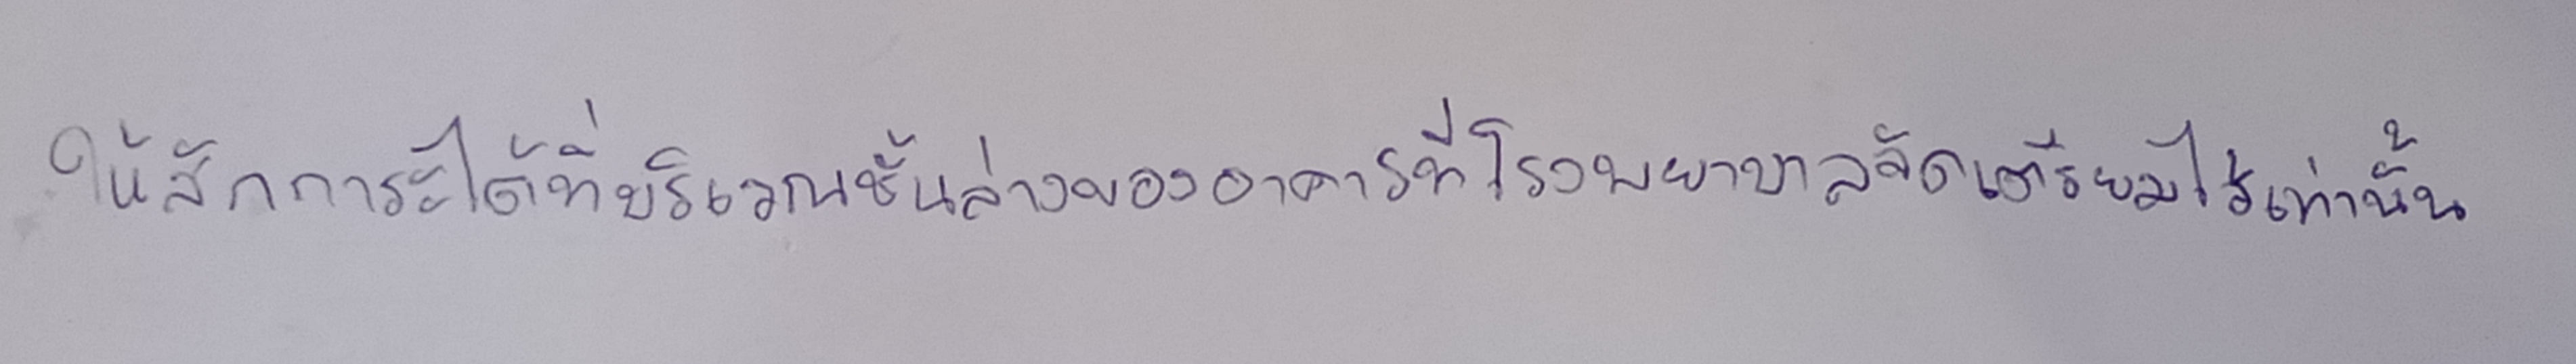
ให้สักการะได้ที่บริเวณชั้นล่างของอาคารที่โรงพยาบาลจัดเตรียมไว้เท่านั้น